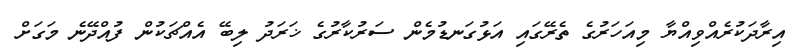
އިރާދަކުރެއްވިއްޔާ މިއަހަރުގެ ތެރޭގައި އަޅުގަނޑުމެން ސަރުކާރުގެ ޚަރަދު ލިބޭ އެއްޗަކުން ފުއްދޭނެ މަގަށް